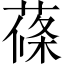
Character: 蓧